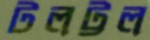
টলট্টল